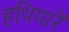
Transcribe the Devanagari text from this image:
हथियारें